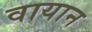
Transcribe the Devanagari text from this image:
वायान